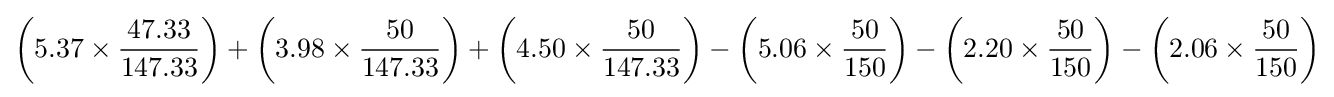
\left(5.37\times {\frac {\mbox{47.33}}{\mbox{147.33}}}\right)+\left(3.98\times {\frac {\mbox{50}}{\mbox{147.33}}}\right)+\left(4.50\times {\frac {\mbox{50}}{\mbox{147.33}}}\right)-\left(5.06\times {\frac {\mbox{50}}{\mbox{150}}}\right)-\left(2.20\times {\frac {\mbox{50}}{\mbox{150}}}\right)-\left(2.06\times {\frac {\mbox{50}}{\mbox{150}}}\right)